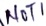
Text: NOT1